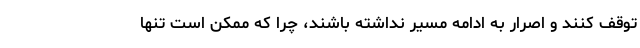
توقف کنند و اصرار به ادامه مسیر نداشته باشند، چرا که ممکن است تنها